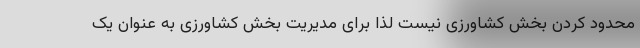
محدود کردن بخش کشاورزی نیست لذا برای مدیریت بخش کشاورزی به عنوان یک